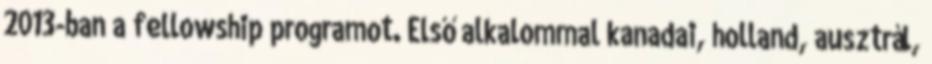
2013-ban a fellowship programot. Első alkalommal kanadai, holland, ausztrál,